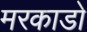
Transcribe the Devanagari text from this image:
मरकाडो